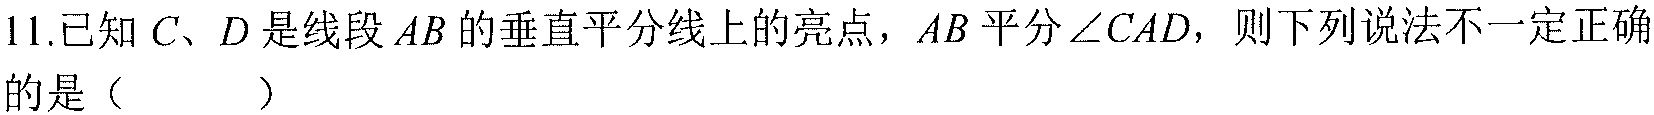
11.已知\(C、D\)是线段\(AB\)的垂直平分线上的亮点，\(AB\)平分\(\angle CAD\)，则下列说法不一定正确的是（  ）